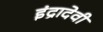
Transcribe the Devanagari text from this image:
इंद्रादेवी